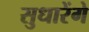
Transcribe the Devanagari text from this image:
सुधारेंगे